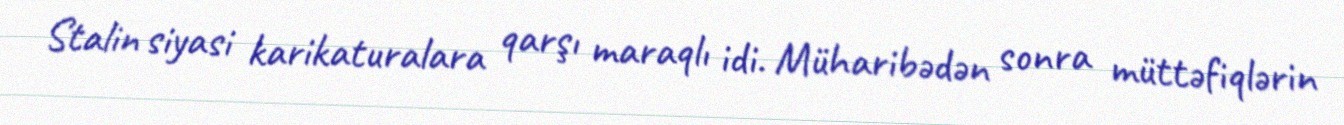
Stalin siyasi karikaturalara qarşı maraqlı idi. Müharibədən sonra müttəfiqlərin